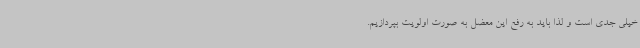
خیلی جدی است و لذا باید به رفع این معضل به صورت اولویت بپردازیم.